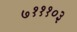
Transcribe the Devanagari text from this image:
७१११०३